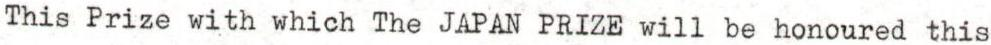
This Prize with which The JAPAN PRIZE will be honoured this